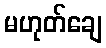
မဟုတ်ချေ